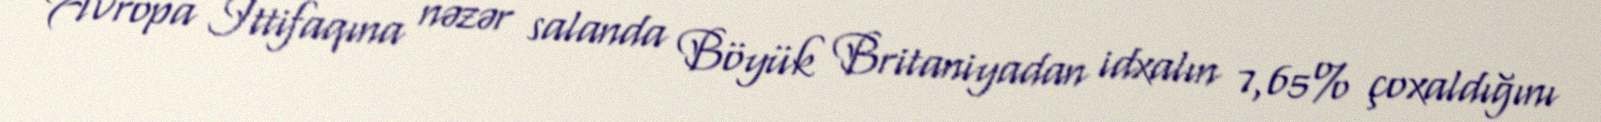
Avropa İttifaqına nəzər salanda Böyük Britaniyadan idxalın 7,65% çoxaldığını